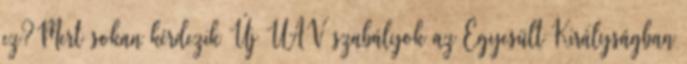
ez?Mert sokan kérdezik Új UAV szabályok az Egyesült Királyságban